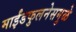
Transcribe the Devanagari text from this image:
माईंडफुलनेसमुळे